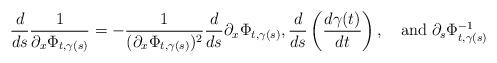
LaTeX: \begin{align*}\frac{d}{ds}\frac{1}{\partial_x\Phi_{t,\gamma(s)}}=-\frac{1}{(\partial_x\Phi_{t,\gamma(s)})^{2}}\frac{d}{ds}\partial_x\Phi_{t,\gamma(s)}, \frac{d}{ds}\left(\frac{d\gamma(t)}{dt}\right),\quad\mbox {and}\;\partial_{s}\Phi_{t,\gamma(s)}^{-1}\end{align*}